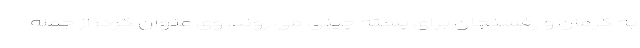
به کرمان و رفسنجان برای پسته چینی می روند. وی عنوان کرد: از جمله